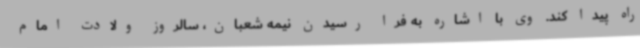
راه پیدا کند. وی با اشاره به فرا رسیدن نیمه شعبان، سالروز ولادت امام